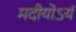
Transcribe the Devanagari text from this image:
मदीयोऽयं